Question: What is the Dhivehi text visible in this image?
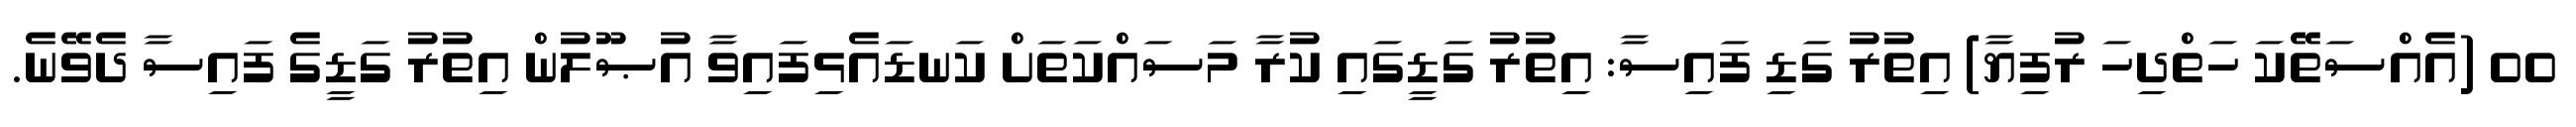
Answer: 00 (އެއްސަތޭކަ ހަތްދިހަ ރުފިޔާ) އިތުރު ގަޑި ފައިސާ: އިތުރު ގަޑީގައި ކުރާ މަސައްކަތަށް ކަނޑައެޅިފައިވާ އުޞޫލުން އިތުރު ގަޑީގެ ފައިސާ ދެވޭނެ.